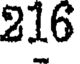
216